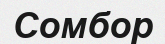
Сомбор